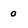
Character: o